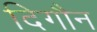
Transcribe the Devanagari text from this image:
दिगौन